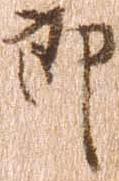
郎